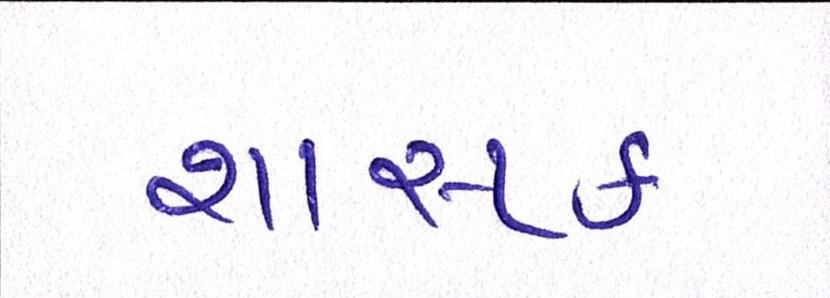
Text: શાસક